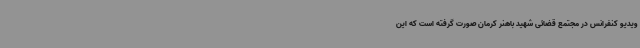
ویدیو کنفرانس در مجتمع قضائی شهید باهنر کرمان صورت گرفته است که این